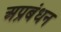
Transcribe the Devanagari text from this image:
अप्रबंधन